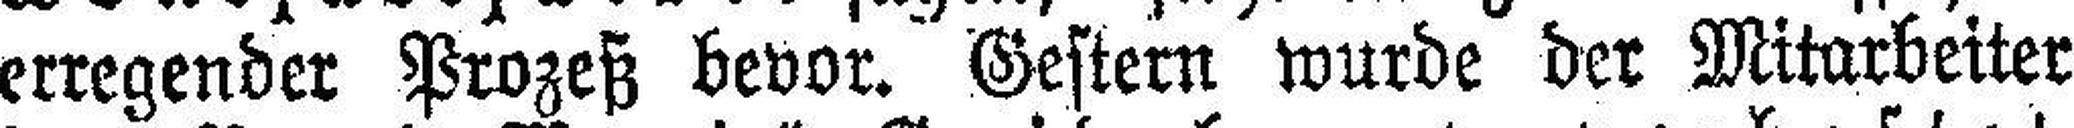
erregender Prozeß bevor. Gestern wurde der Mitarbeiter